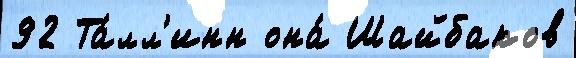
92 Та́лл'инн она́ Шайбаков